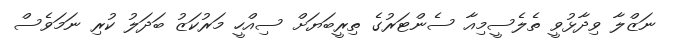
ނަޒްލާ ވިދާޅުވީ ތެލެސީމިއާ ސެންޓަރުގެ ތިރީބަޔަށް ސިއްހީ މަރުކަޒު ބަދަލު ކުރި ނަމަވެސް